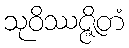
သုဝိဿဇ္ဇိတံ